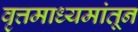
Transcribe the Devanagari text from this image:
वृत्तमाध्यमांतून